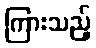
ကြားသည့်